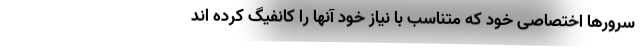
سرورها اختصاصی خود که متناسب با نیاز خود آنها را کانفیگ کرده اند